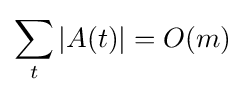
\sum _{t}|A(t)|=O(m)